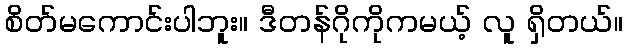
စိတ်မကောင်းပါဘူး။ ဒီတန်ဂိုကိုကမယ့် လူ ရှိတယ်။